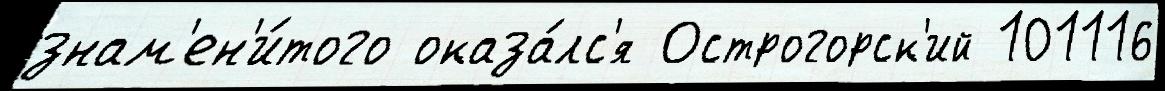
знам'ен'и́того оказа́лс'я Острогорск'ий 101116